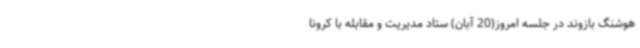
هوشنگ بازوند در جلسه امروز(20 آبان) ستاد مدیریت و مقابله با کرونا